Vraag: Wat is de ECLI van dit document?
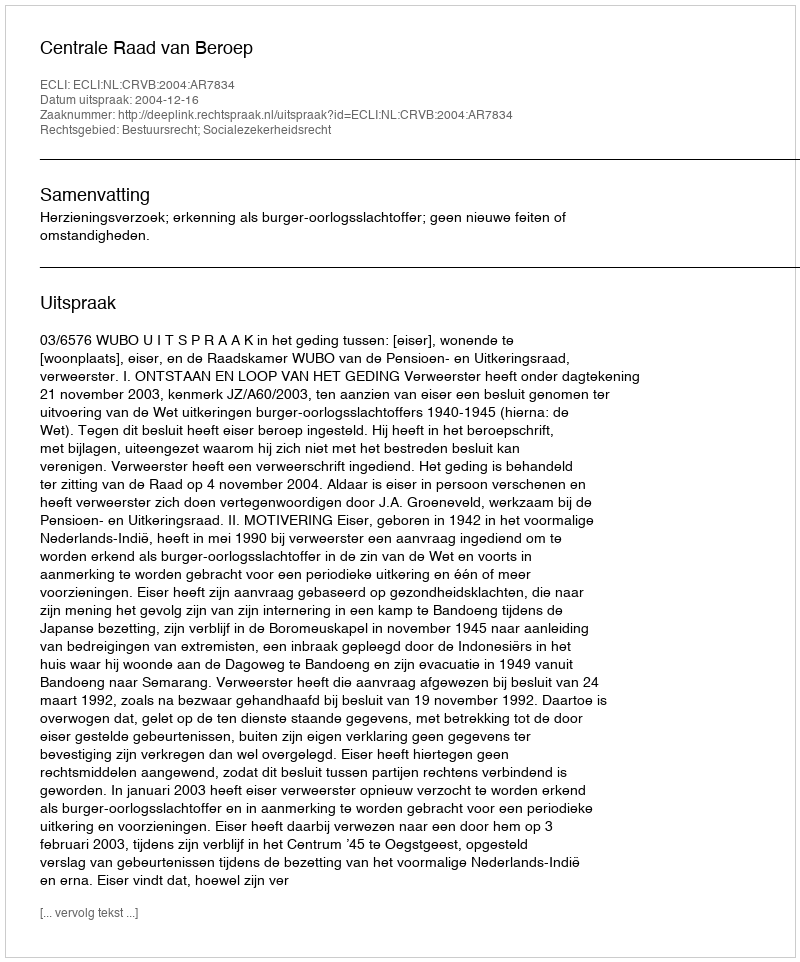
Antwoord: ECLI:NL:CRVB:2004:AR7834